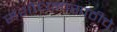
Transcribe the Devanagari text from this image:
संशोधनासाठीचे